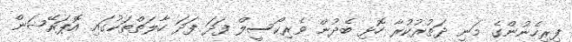
ފިރިހެނުންގެ މަނި ދަތުރުކުރާ ހޮޅި ބެދުން ވެރިކޯސީލް ފަދަ ފަދަ ހާލަތްތަކުގައި އޮޕަރޭޝަން